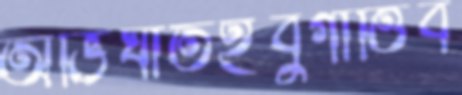
অভিঘাতইবুগাত্তিব